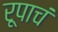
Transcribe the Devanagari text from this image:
रूपाचं